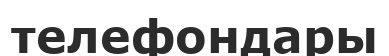
телефондары